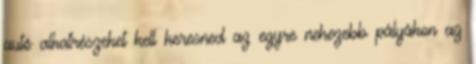
autó alkatrészeket kell keresned az egyre nehezebb pályákon az